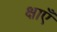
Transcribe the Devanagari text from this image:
क्षाएँ